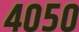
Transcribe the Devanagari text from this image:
४०५०